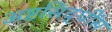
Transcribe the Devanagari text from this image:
अष्टसिद्धींस